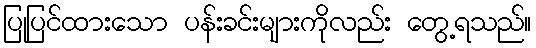
ပြုပြင်ထားသော ပန်းခင်းများကိုလည်း တွေ့ရသည်။